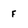
Character: f